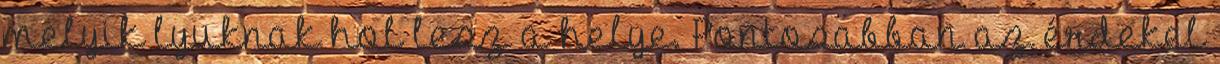
melyik lyuknak hol lesz a helye. Pontosabban az érdekel